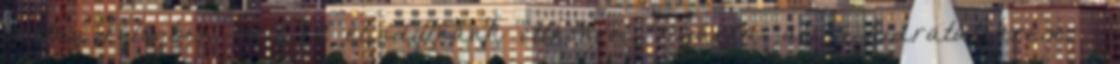
vastag rétegben, mielőtt elindulnánk otthonról. Nyárra: aloés hidratálókrém -